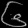
Digit: ၆